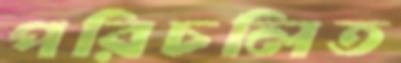
পরিচলিত